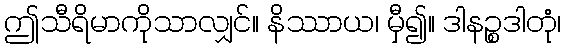
ဤသီရိမာကိုသာလျှင်။ နိဿာယ၊ မှီ၍။ ဒါနဉ္စဒါတုံ၊